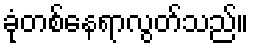
ခုံတစ်နေရာလွတ်သည်။